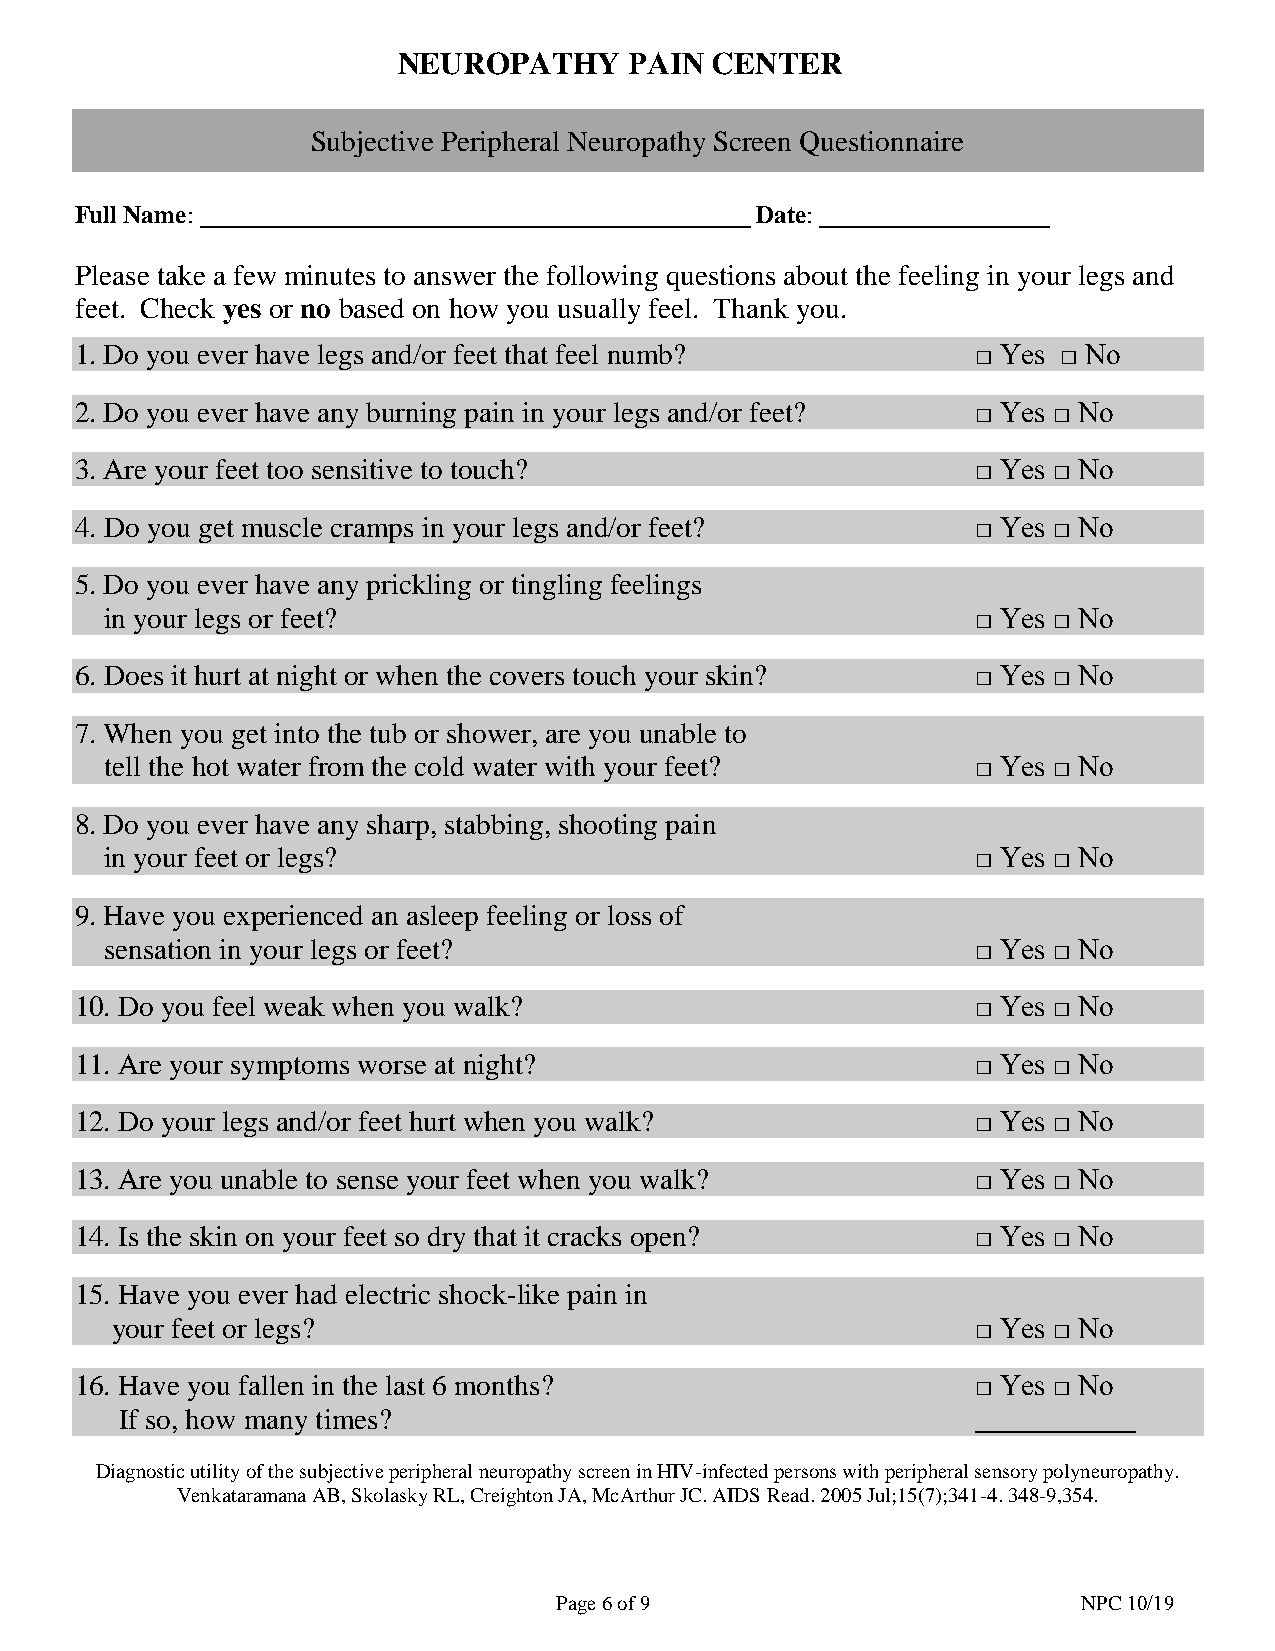
NEUROPATHY      PAIN CENTER
 Subjective Peripheral Neuropathy Screen Questionnaire
 Full Name:                                   Date:
 Please take a few minutes to answer the following questions about the feeling in your legs and
 feet. Check yes or no based on how you usually feel. Thank you.
 1. Do you ever have legs and/or feet that feel numb?        □ Yes □ No
 2. Do you ever have any burning pain in your legs and/or feet? □ Yes □ No
 3. Are your feet too sensitive to touch?                    □ Yes □ No
 4. Do you get muscle cramps in your legs and/or feet?       □ Yes □ No
 5. Do you ever have any prickling or tingling feelings
 in your legs or feet?                                     □ Yes □ No
 6. Does it hurt at night or when the covers touch your skin? □ Yes □ No
 7. When you get into the tub or shower, are you unable to
 tell the hot water from the cold water with your feet?    □ Yes □ No
 8. Do you ever have any sharp, stabbing, shooting pain
 in your feet or legs?                                     □ Yes □ No
 9. Have you experienced an asleep feeling or loss of
 sensation in your legs or feet?                           □ Yes □ No
 10. Do you feel weak when you walk?                         □ Yes □ No
 11. Are your symptoms worse at night?                       □ Yes □ No
 12. Do your legs and/or feet hurt when you walk?            □ Yes □ No
 13. Are you unable to sense your feet when you walk?        □ Yes □ No
 14. Is the skin on your feet so dry that it cracks open?    □ Yes □ No
 15. Have you ever had electric shock-like pain in
 your feet or legs?                                        □ Yes □ No
 16. Have you fallen in the last 6 months?                   □ Yes □ No
 If so, how many times?                                   ___________
 Diagnostic utility of the subjective peripheral neuropathy screen in HIV-infected persons with peripheral sensory polyneuropathy.
 Venkataramana AB, Skolasky RL, Creighton JA, McArthur JC. AIDS Read. 2005 Jul;15(7);341-4. 348-9,354.
 Page 6 of 9                        NPC 10/19